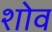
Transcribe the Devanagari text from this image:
शोव